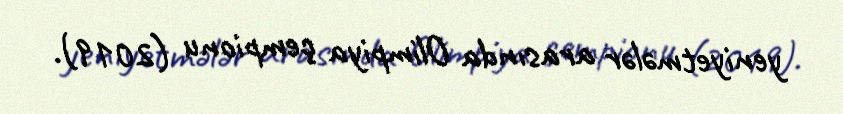
yeniyetmələr arasında Olimpiya çempionu (2019).